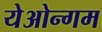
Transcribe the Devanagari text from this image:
येओन्गम